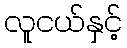
လူငယ်နှင့်